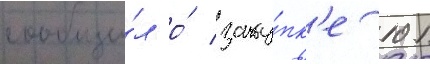
сообщи́л о́ заку́пк'е 101